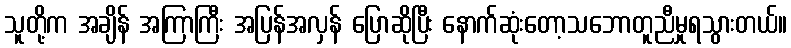
သူတို့က အချိန် အကြာကြီး အပြန်အလှန် ပြောဆိုပြီး နောက်ဆုံးတော့သဘောတူညီမှုရသွားတယ်။